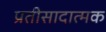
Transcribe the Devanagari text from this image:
प्रतीसादात्मक